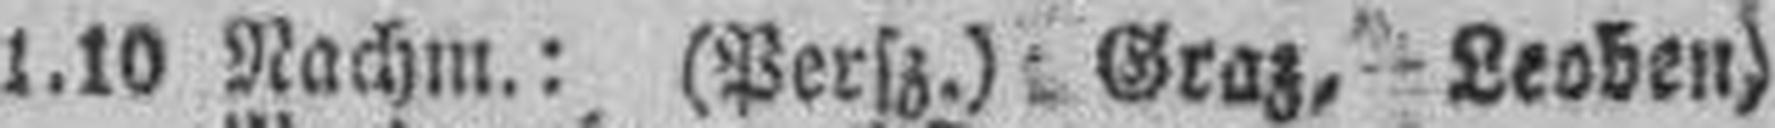
1.10 Nachm.: (Persz.) Graz, Leoben)